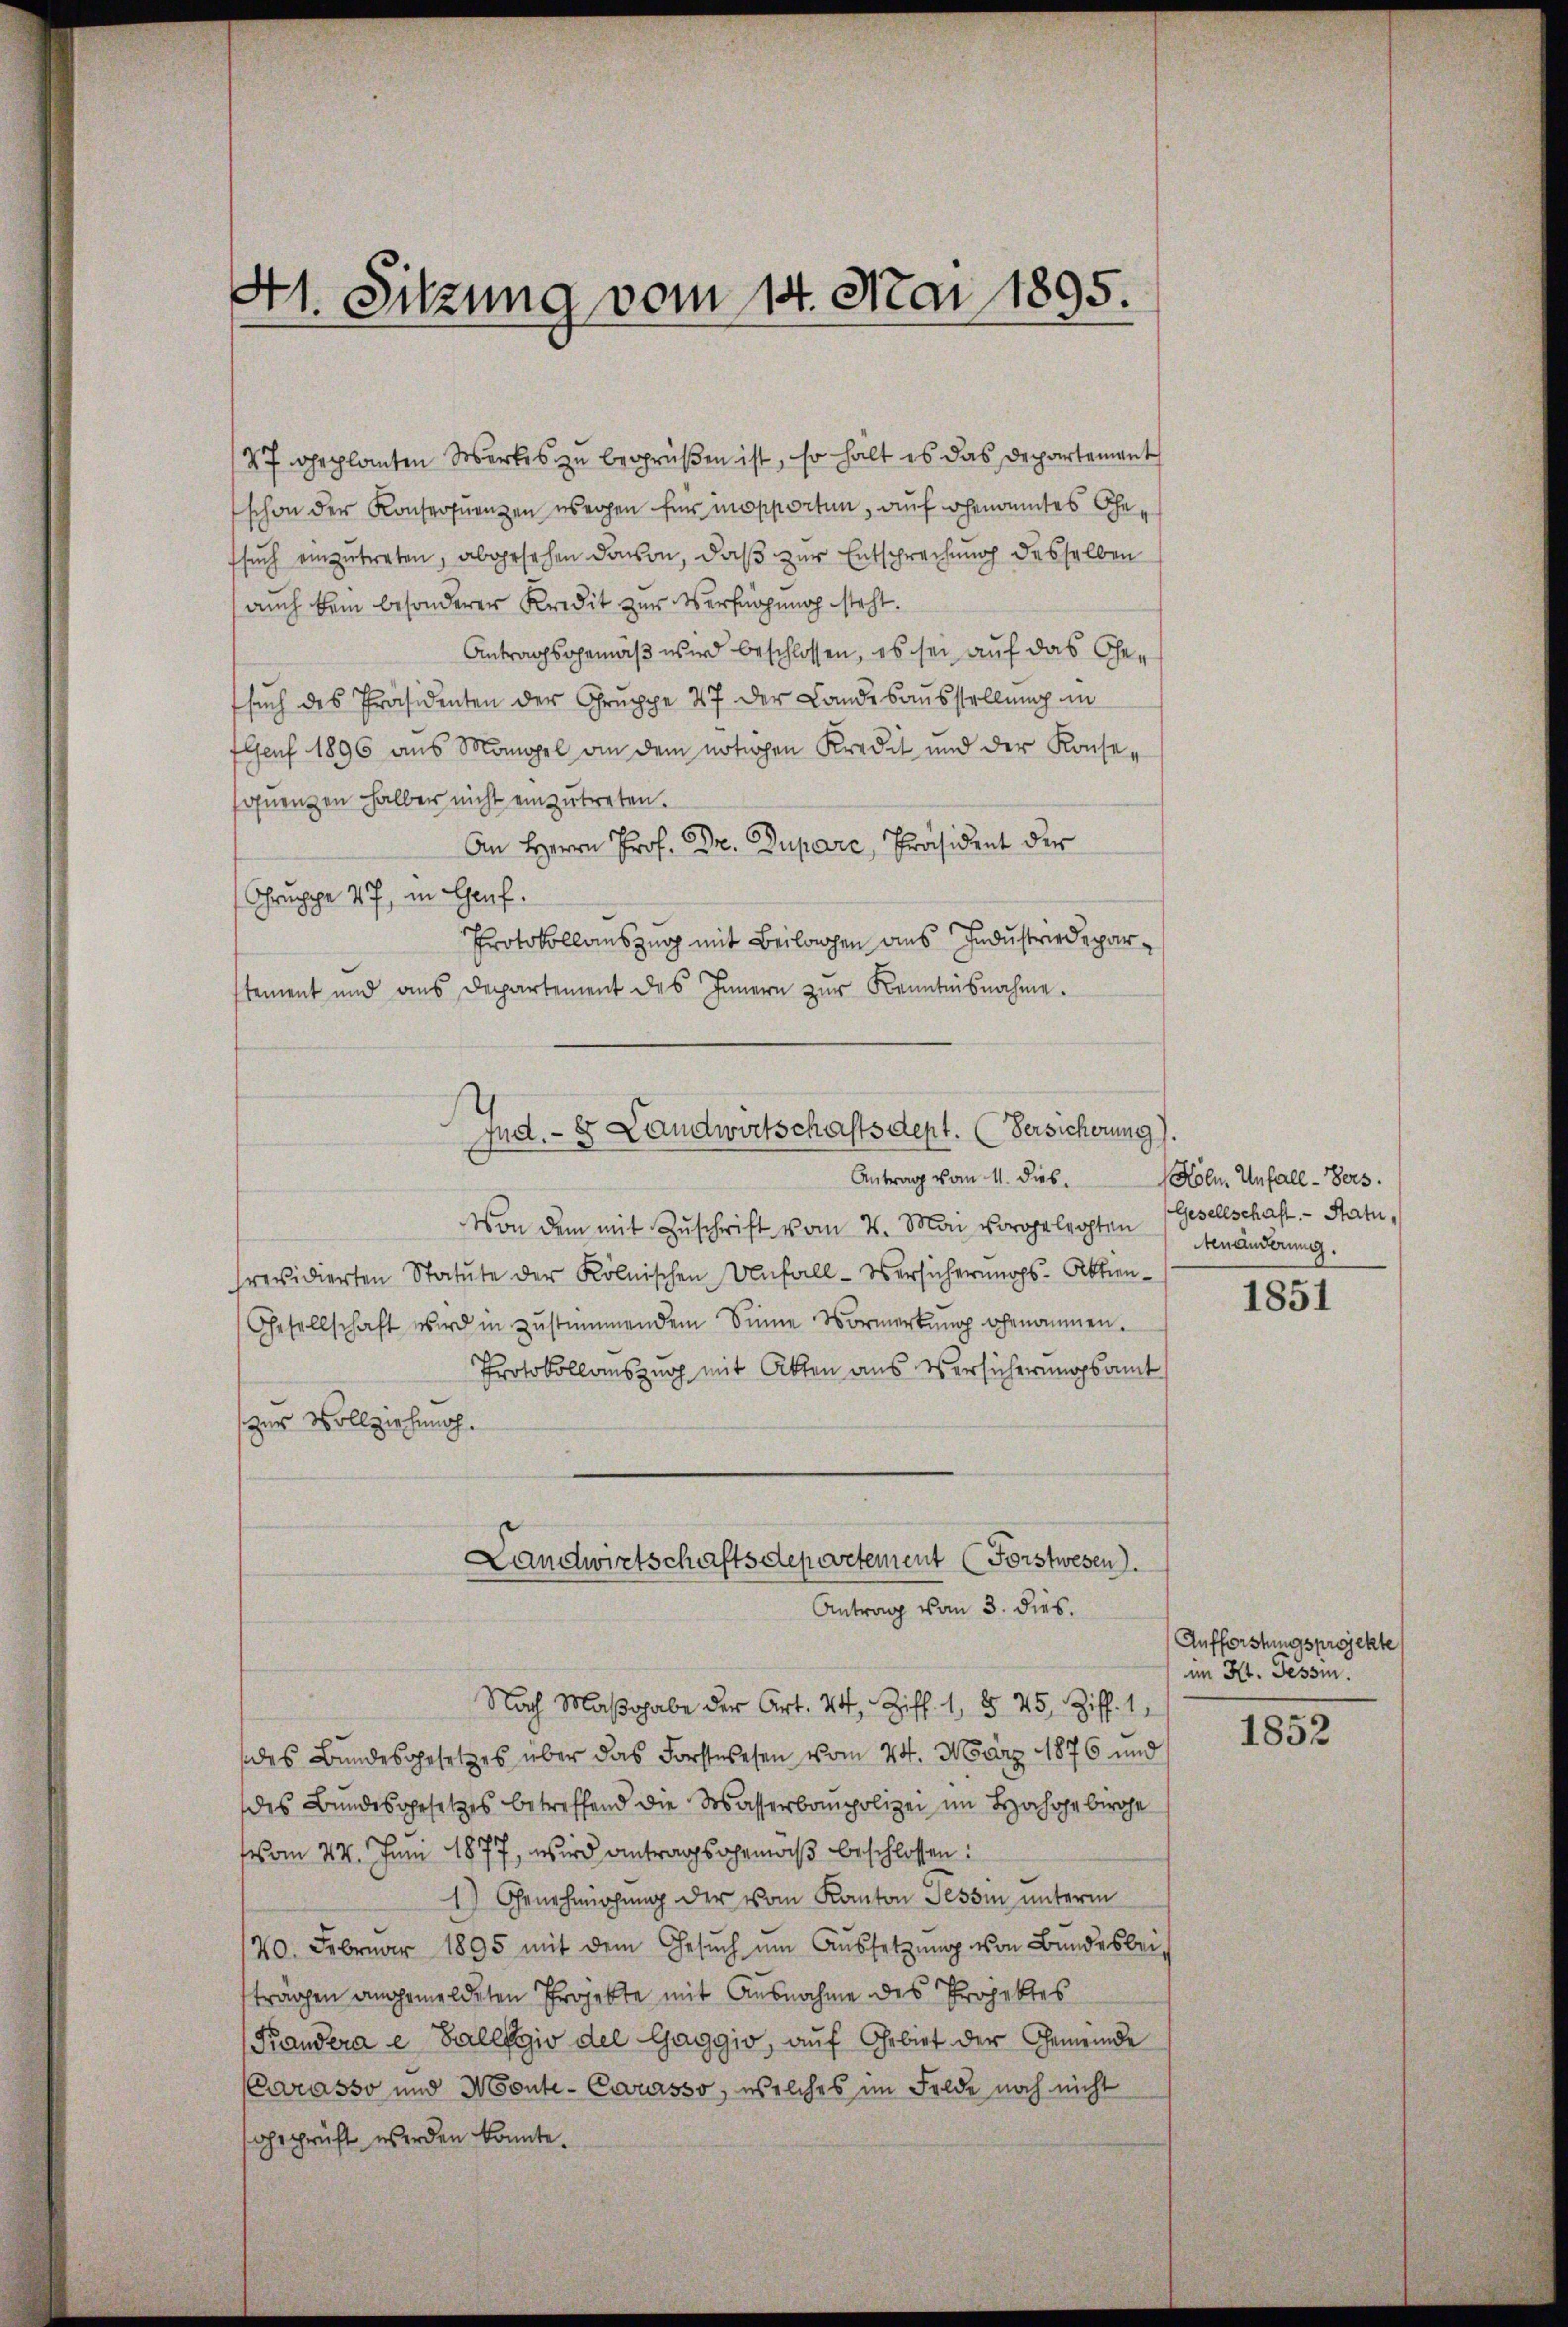
41. Sitzung vom 14. Mai 1895.

47 geplanten Werkes zu begrüßen ist, so halt es das Departement
schon der Konsequenzen wegen für mopporten, auf genanntes Ehe
such einzutreten, abgesehen davon, daß zur Entsprechung desselben
auch kein besonderer Kredit zur Verfügung steht.
Antragsgemäß wird beschlossen, es sei auf das Gesuch des Präsidenten der Gruppe 47 der Landesausstellung in
Elsenf 1896 aus Mangel an dem nötigen Kredit und der Konsesonenzen halber nicht einzutreten.
An Herrn Prof. Dr. Pupare, Präsident der
Gruppe 47 in Genf.
Protokollauszug mit Beilagen aus Industriedeparstement und ans Departement des Innern zŭr Kenntnisnahme.
Antrag vom 11. Dieb¬
Von dem mit Zŭschrift vom 4. Mai vorgelegten
previdierten Statute der Kölnischen Unfall-Versicherungs-Abtien¬
Gesellschaft wird in zustimmendem Sinne Vormerkung genommen.
Protokollauszug mit Akten aus Versicherungsamt
zur Vollziehung.
Landwirtschaftsdepartement (Forstwesen).
Antrag vom 3. dies.
Nach Maβgabe der Art. 24, Ziff. 1, § 25. Ziff. 1
des Bundesgesetzes über das Forstwesen vom 24. März 1876 und
des Bundesgesetzes betreffend die Wasserbaupolizei im Hahohrbroche
vom 27. Juni 1877, wird antragsgemäß beschlossen:
1) Genehmigung der vom Kanton Tessin unterm
/20. Februar 1895 mit dem Gesŭch ŭm Aŭssetzŭng von Bundesbeiträgen angemeldeten Projekte mit Ausnahme des Projektes
Prandera e Gallegio del Gaggio, auf Gebiet der Gemeinde
Carasso und Monte-Corasso, welches im Felde noch nicht
geprüft werden könnte.

Ind.- 8 Landwirtschaftsdept. (Versicherung).

Holn. Unfall - Pers.
Gesellschaft. - Statu
tenänderung.

1851

Aufforstungsprojekte
im Kt. Tessin.

1852